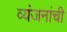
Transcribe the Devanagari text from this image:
व्यंजनांची